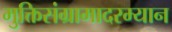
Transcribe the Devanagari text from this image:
मुक्तिसंग्रामादरम्यान